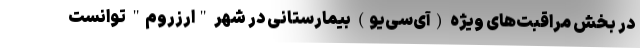
در بخش مراقبت‌های ویژه (آی‌سی‌یو) بیمارستانی در شهر "ارزروم" توانست